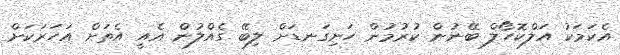
އެކަމަކު އަލްކޮހޯލް ބޭނުން ކުރުމުން ހަށިގަނޑަށް ލިބޭ ގެއްލުން އެއީ އެތަށް އަހަރަކަށް